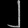
Digit: ၂